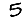
Digit: 5